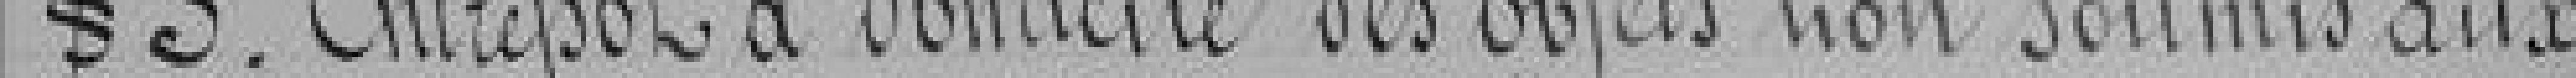
Chap 5. Entrepôt à domicile des objets non soumis aux